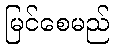
မြင်စေမည်